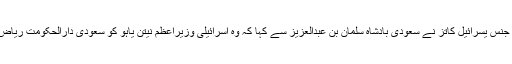
اس کے بعد اسرائیلی وزیر برائے ٹرانسپورٹیشن اینڈ انٹیلی جنس یسرائیل کاتز نے سعودی بادشاہ سلمان بن عبدالعزیز سے کہا کہ وہ اسرائیلی وزیراعظم نیتن یاہو کو سعودی دارالحکومت ریاض بلائیں اور اسرائیل کو باقاعدہ تسلیم کرنے کا اعلان کریں۔